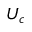
U _ { c }